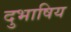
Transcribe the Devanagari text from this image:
दुभाषिय